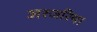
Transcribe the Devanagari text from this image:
अरजरिया